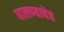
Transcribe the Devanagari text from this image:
घालण्याचेच